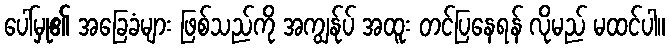
ပေါ်မှု၏ အခြေခံများ ဖြစ်သည်ကို အကျွန်ုပ် အထူး တင်ပြနေရန် လိုမည် မထင်ပါ။